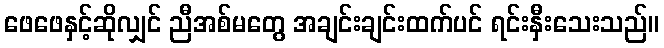
ဖေဖေနှင့်ဆိုလျှင် ညီအစ်မတွေ အချင်းချင်းထက်ပင် ရင်းနှီးသေးသည်။